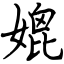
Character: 媲